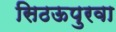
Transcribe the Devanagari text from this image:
सिठऊपुरवा